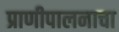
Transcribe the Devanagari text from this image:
प्राणीपालनाचा